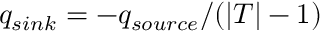
q _ { s i n k } = - q _ { s o u r c e } / ( | T | - 1 )